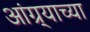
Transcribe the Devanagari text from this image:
आंग्र्याच्या